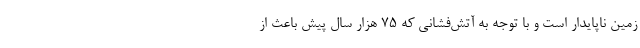
زمین ناپایدار است و با توجه به آتش‌فشانی که ۷۵ هزار سال پیش باعث از